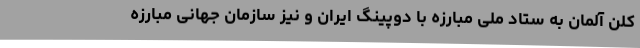
کلن آلمان به ستاد ملی مبارزه با دوپینگ ایران و نیز سازمان جهانی مبارزه